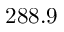
2 8 8 . 9